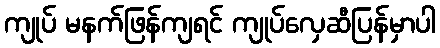
ကျုပ် မနက်ဖြန်ကျရင် ကျုပ်လှေဆီပြန်မှာပါ